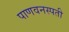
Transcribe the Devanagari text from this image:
पाणवनस्पती